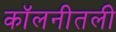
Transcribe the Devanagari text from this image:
कॉलनीतली